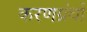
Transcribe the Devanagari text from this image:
करणग्रंथों